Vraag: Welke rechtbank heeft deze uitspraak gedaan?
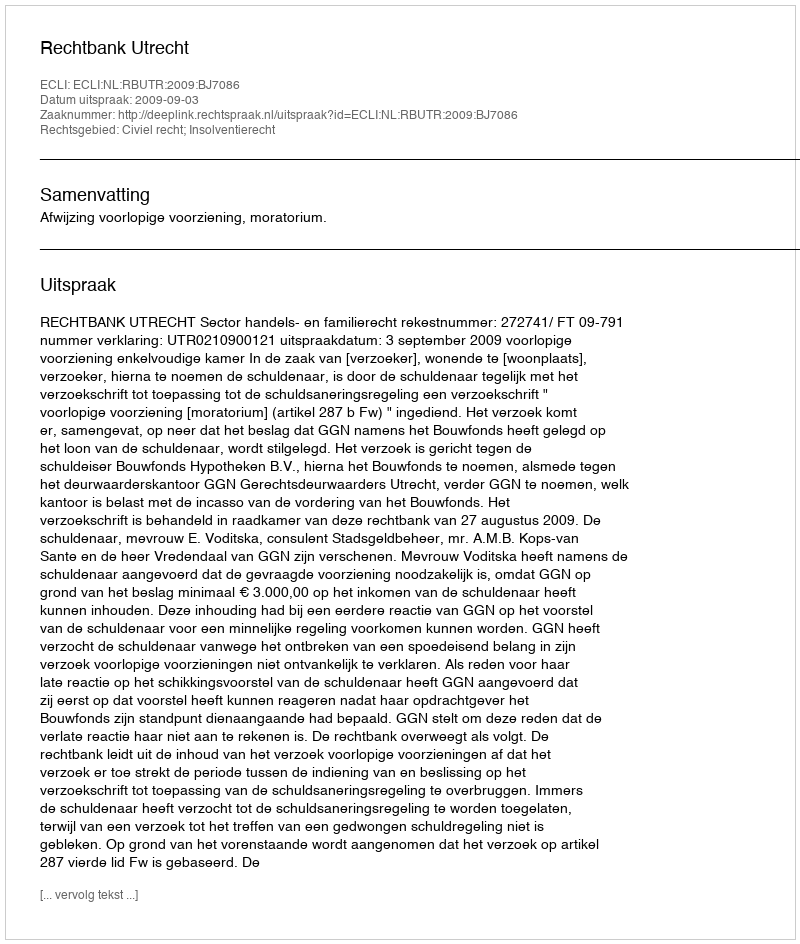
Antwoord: Rechtbank Utrecht